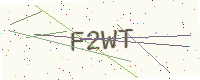
Text: F2WT